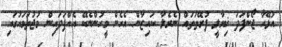
އުޅޭހާ ޖޯންފަދަ ޚިޔާލީ ފުރޭތަތައް ނެރެލާ ކައިޒާން އެހެން މީހުންނެކޭ އެއްފަދައިން މުޖުތަމައުގައި